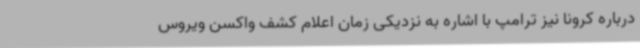
درباره کرونا نیز ترامپ با اشاره به نزدیکی زمان اعلام کشف واکسن ویروس